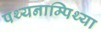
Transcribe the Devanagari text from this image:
पथ्यनाम्पिथ्या